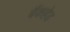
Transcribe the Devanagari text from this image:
बैंकहेड